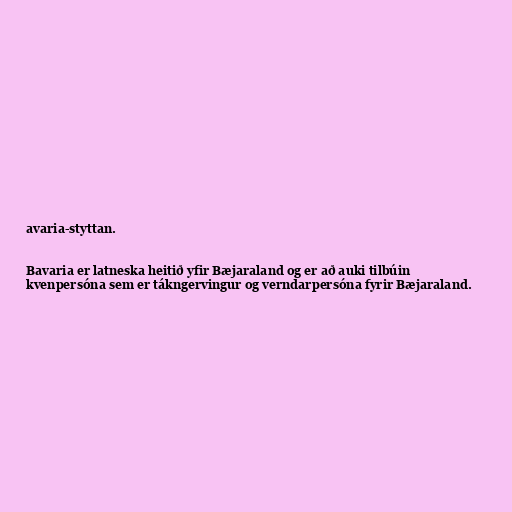
avaria-styttan.

Bavaria er latneska heitið yfir Bæjaraland og er að auki tilbúin
kvenpersóna sem er tákngervingur og verndarpersóna fyrir Bæjaraland.